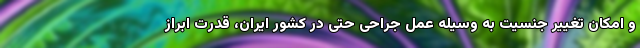
و امکان تغییر جنسیت به وسیله عمل جراحی حتی در کشور ایران، قدرت ابراز